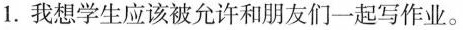
1.我想学生应该被允许和朋友们一起写作业.